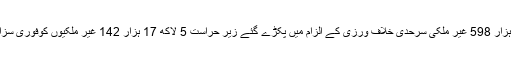
دو لاکھ 40 ہزار 598 غیر ملکی سرحدی خلاف ورزی کے الزام میں پکڑے گئے زیر حراست 5 لاکھ 17 ہزار 142 غیر ملکیوں کوفوری سزائیں دی گئیں۔